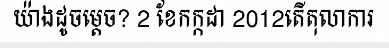
យ៉ាងដូចម្តេច? 2 ខែកក្កដា 2012តើតុលាការ